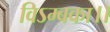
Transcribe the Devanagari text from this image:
विऽम्बका।।